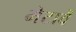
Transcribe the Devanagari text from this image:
भेटावें